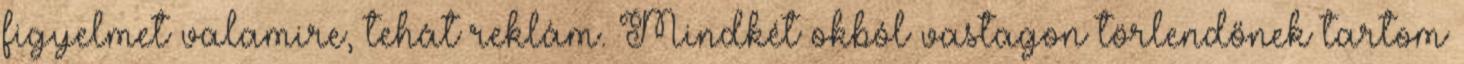
figyelmet valamire, tehát reklám. Mindkét okból vastagon törlendőnek tartom